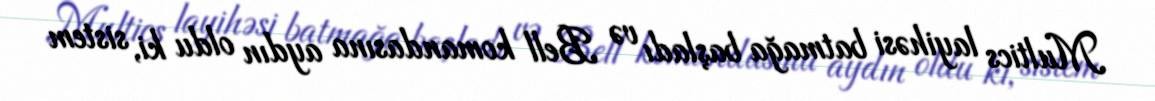
Multics layihəsi batmağa başladı və Bell komandasına aydın oldu ki, sistem